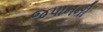
જપાનની